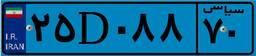
۹۱D۵۲۴۵۵